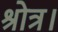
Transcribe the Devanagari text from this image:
श्रोत्र।